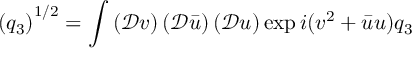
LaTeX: \left( q _ { 3 } \right) ^ { 1 / 2 } = \int \left( \mathcal { D } v \right) \left( \mathcal { D } \bar { u } \right) \left( \mathcal { D } u \right) \exp { i ( v ^ { 2 } + \bar { u } u ) q _ { 3 } }